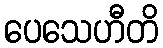
ပေသေဟီတိ